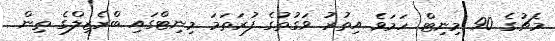
މެޗުގެ 90 މިނިޓް ހަމަވެ އިތުރު ވަގުތުގެ ފުރަތަމަ މިނިޓްގައި ބްރެޒިލްގެ ތިން